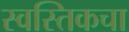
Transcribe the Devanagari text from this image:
स्वस्तिकचा